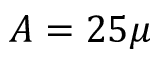
A = 2 5 \mu